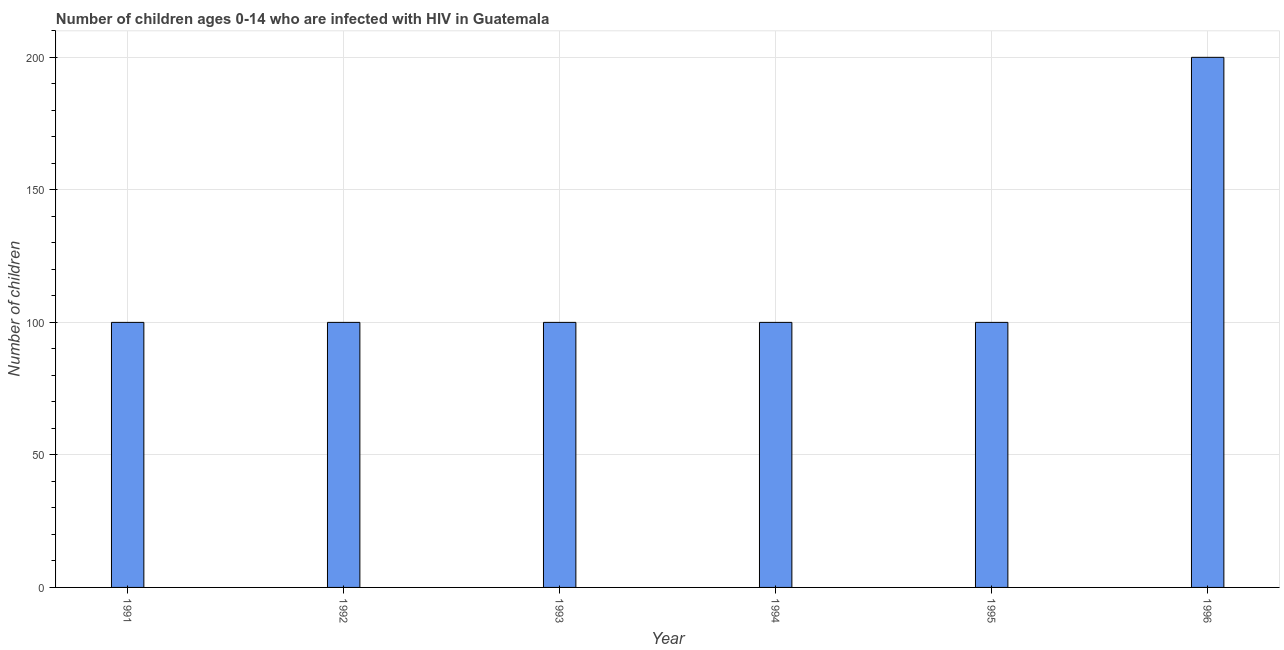
| Year | Children (0-14) living with HIV |
 | --- | --- |
 | 1991 | 100 |
 | 1992 | 100 |
 | 1993 | 100 |
 | 1994 | 100 |
 | 1995 | 100 |
 | 1996 | 200 |